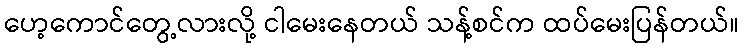
ဟေ့ကောင်တွေ့လားလို့ ငါမေးနေတယ် သန့်စင်က ထပ်မေးပြန်တယ်။